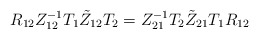
\begin{align*}R_{12} Z_{12}^{-1} T_{1}\tilde Z_{12}T_{2} = Z_{21} ^{-1}T_{2}\tilde Z_{21}T_{1} R_{12} \end{align*}